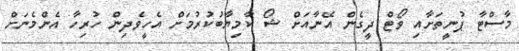
މާސްޓާ ޕުނީތަށާއި ވޯޓް ދީގެން އޭނާއަށް ޝޯ ކާމިޔާބުކުރުމަށް އެހީވެދިން ހުރިހާ އެންމެނަށް